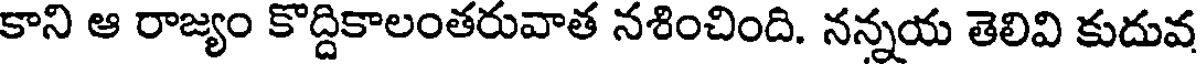
కాని ఆ రాజ్యం కొద్దికాలంతరువాత నశించింది. నన్నయ తెలివి కుదువ